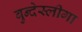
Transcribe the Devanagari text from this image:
बुन्देस्लीगा